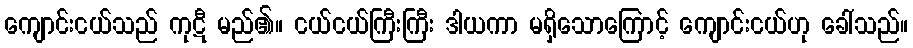
ကျောင်းငယ်သည် ကုဋီ မည်၏။ ငယ်ငယ်ကြီးကြီး ဒါယကာ မရှိသောကြောင့် ကျောင်းငယ်ဟု ခေါ်သည်။